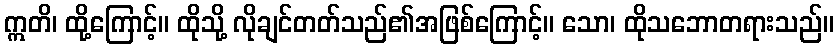
ဣတိ၊ ထို့ကြောင့်။ ထိုသို့ လိုချင်တတ်သည်၏အဖြစ်ကြောင့်။ သော၊ ထိုသဘောတရားသည်။